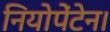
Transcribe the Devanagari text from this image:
नियोपेंटेन।